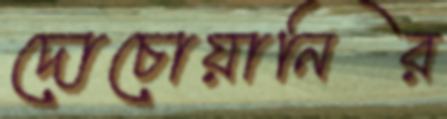
দোচোয়ানির